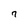
Character: 7